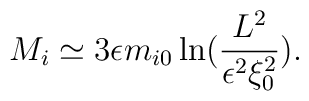
M_{i}\simeq 3\epsilon m_{i0}\ln (\frac{L^{2}}{\epsilon ^{2}\xi _{0}^{2}}).